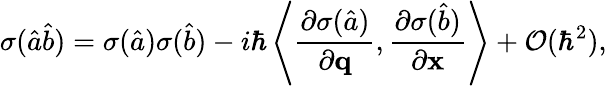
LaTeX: \sigma(\hat{a}\hat{b})=\sigma(\hat{a})\sigma(\hat{b})-i\hbar\left\langle\frac{\partial\sigma(\hat{a})}{\partial\mathbf{q}},\frac{\partial\sigma(\hat{b})}{\partial\mathbf{x}}\right\rangle+\mathcal{O}(\hbar^{2}),